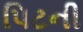
પિટની